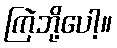
ကြဲဘို့ပေါ့။